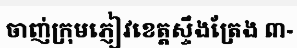
ចាញ់ក្រុមភ្ញៀវខេត្តស្ទឹងត្រែង ៣-